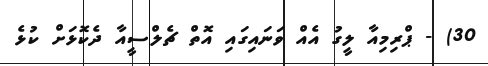
30) - ޕްރިމިއާ ލީގު އެއް ވަނައިގައި އޮތް ޗެލްސީއާ ދެކޮޅަށް ކުޅެ